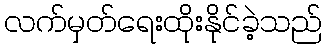
လက်မှတ်ရေးထိုးနိုင်ခဲ့သည်